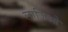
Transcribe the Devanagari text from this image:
लाज़िओ